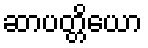
ဆာပတ္တိယော